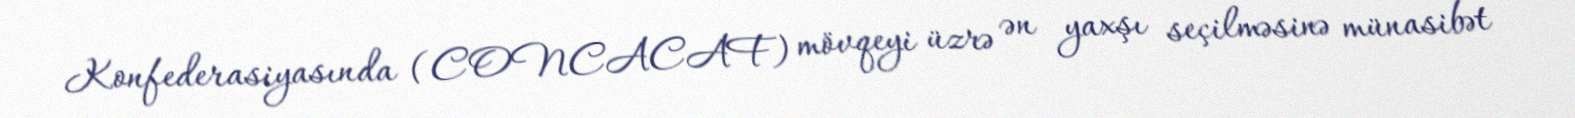
Konfederasiyasında (CONCACAF) mövqeyi üzrə ən yaxşı seçilməsinə münasibət